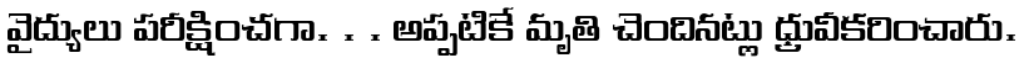
వైద్యులు పరీక్షించగా. . . అప్పటికే మృతి చెందినట్లు ధ్రువీకరించారు.